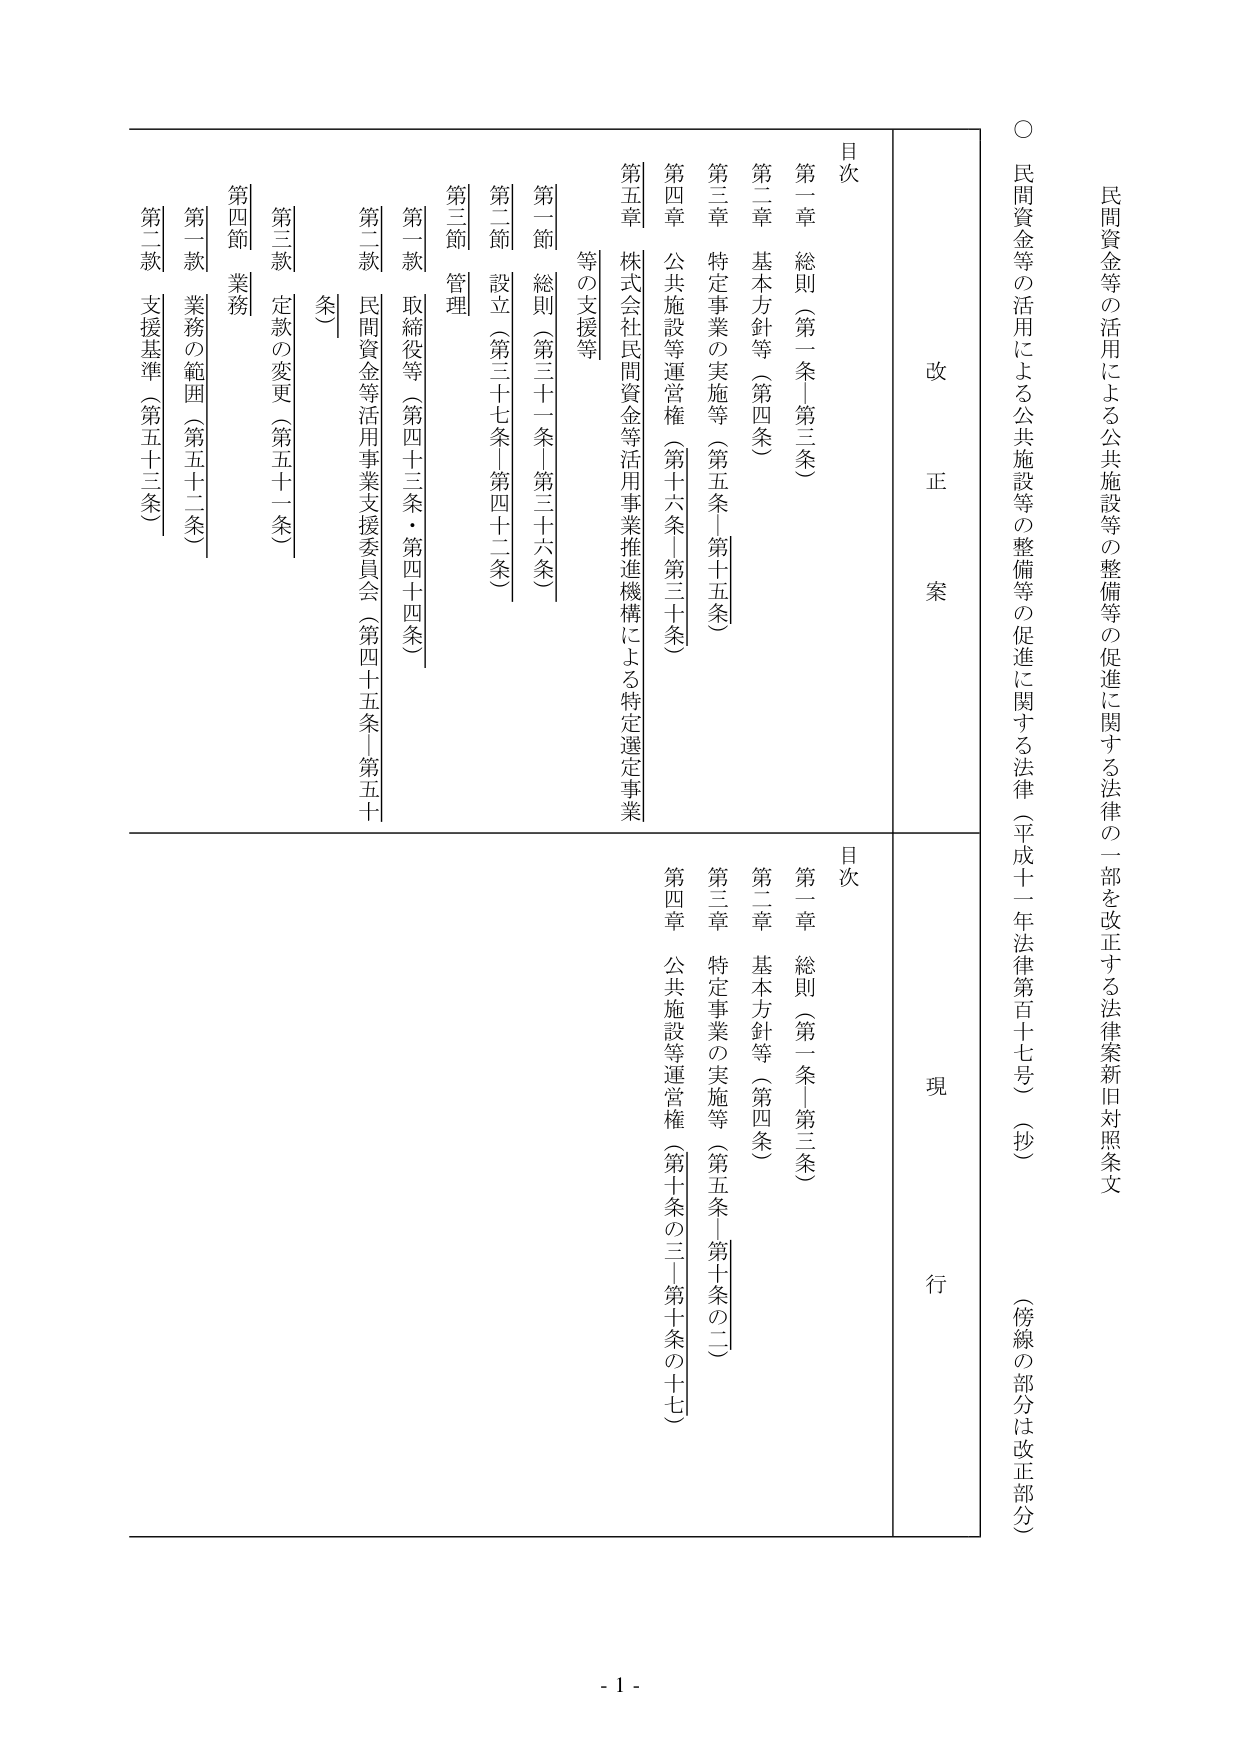
○ 民間資金等の活用による公共施設等の整備等の促進に関する法律（平成十一年法律第百十七号）（抄） （傍線の部分は改正部分）

民間資金等の活用による公共施設等の整備等の促進に関する法律の一部を改正する法律案新旧対照条文

改 正 案

目次

第一章 総則（第一条―第三条）

第二章 基本方針等（第四条）

第三章 特定事業の実施等（第五条―第十五条）

第四章 公共施設等運営権（第十六条―第三十条）

第五章 株式会社民間資金等活用事業推進機構による特定選定事業等の支援等

第一節 総則（第三十一条―第三十六条）

第二節 設立（第三十七条―第四十二条）

第三節 管理

第一款 取締役等（第四十三条・第四十四条）

第二款 民間資金等活用事業支援委員会（第四十五条―第五十条）

第三款 定款の変更（第五十一条）

第四節 業務

第一款 業務の範囲（第五十二条）

第二款 支援基準（第五十三条）

現 行

目次

第一章 総則（第一条―第三条）

第二章 基本方針等（第四条）

第三章 特定事業の実施等（第五条―第十条の二）

第四章 公共施設等運営権（第十条の三―第十条の十七）

- 1 -